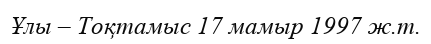
Ұлы – Тоқтамыс 17 мамыр 1997 ж.т.